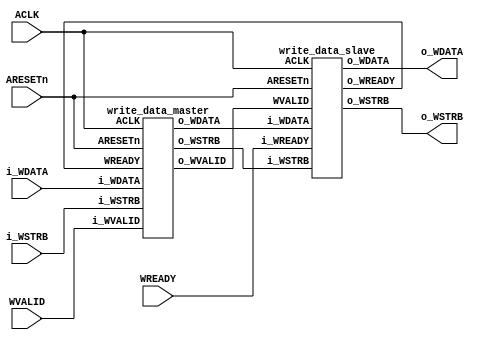
module write_data_ms(ACLK, ARESETn,WVALID, WREADY, i_WDATA, o_WDATA, i_WSTRB, o_WSTRB);
input ACLK, ARESETn;
input WVALID, WREADY;
input [31:0] i_WDATA;
input [3:0] i_WSTRB;  
output [3:0] o_WSTRB;
output [31:0] o_WDATA;
wire o_WVALID, o_WREADY;
wire [3:0] w_WSTRB;
wire [31:0] w_WDATA;

write_data_master data1(ACLK, ARESETn,WVALID,o_WVALID, o_WREADY, i_WDATA, w_WDATA, i_WSTRB, w_WSTRB);
write_data_slave data2(ACLK, ARESETn,o_WVALID, o_WREADY, WREADY, w_WDATA, o_WDATA, w_WSTRB, o_WSTRB);


endmodule


module write_data_master (ACLK, ARESETn,i_WVALID,o_WVALID, WREADY, i_WDATA, o_WDATA, i_WSTRB, o_WSTRB);
input ACLK;
input ARESETn;
input i_WVALID;
input WREADY;
input [31:0] i_WDATA;
input [3:0] i_WSTRB;  
output reg [3:0] o_WSTRB; 
output reg o_WVALID;  
output reg [31:0] o_WDATA;    

reg [31:0]temp_WDATA;


always @(i_WSTRB) begin       //Strobe function

o_WSTRB=i_WSTRB;

case (i_WSTRB)
4'b1111: temp_WDATA = 32'hffffffff;
4'b1110: temp_WDATA = 32'hffffff00;
4'b1101: temp_WDATA = 32'hffff00ff;
4'b1100: temp_WDATA = 32'hffff0000;
4'b1011: temp_WDATA = 32'hff00ffff;
4'b1010: temp_WDATA = 32'hff00ff00;
4'b1001: temp_WDATA = 32'hff0000ff;
4'b1000: temp_WDATA = 32'hff000000;
4'b0111: temp_WDATA = 32'h00ffffff;
4'b0110: temp_WDATA = 32'h00ffff00;
4'b0101: temp_WDATA = 32'h00fff00f;
4'b0100: temp_WDATA = 32'h00ff0000;
4'b0011: temp_WDATA = 32'h0000ffff;
4'b0010: temp_WDATA = 32'h0000ff00;
4'b0001: temp_WDATA = 32'h000000ff;
4'b0000: temp_WDATA = 32'hff000000;
default: temp_WDATA=0;
endcase

/*if (o_WSTRB == 4'b1xxx) temp_WDATA[31:24]=8'b11111111;
if (o_WSTRB == 4'bx1xx) temp_WDATA[23:16]=8'b11111111;
if (o_WSTRB == 4'bxx1x) temp_WDATA[15:8]=8'b11111111;
if (o_WSTRB == 4'bxxx1) temp_WDATA[7:0]=8'b11111111;
else temp_WDATA=0;*/

temp_WDATA=i_WDATA&temp_WDATA;
end
	
always @(posedge ACLK) begin 
o_WVALID<=i_WVALID;
   // RESET
if(ARESETn) begin
o_WDATA <= 0;
o_WVALID <=0;
end

if (o_WVALID && WREADY) o_WDATA <= temp_WDATA;
else o_WDATA <= 0;
end
	
endmodule	


module write_data_slave (ACLK, ARESETn,WVALID, o_WREADY, i_WREADY, i_WDATA, o_WDATA, i_WSTRB, o_WSTRB);
input ACLK;
input ARESETn;
input WVALID;
input i_WREADY;
input [31:0] i_WDATA;
input [3:0] i_WSTRB;  
output reg o_WREADY;
output reg [31:0] o_WDATA;       
output reg [3:0] o_WSTRB;
//reg [31:0] temp_WDATA;
	
	
always @(posedge ACLK) begin 
o_WREADY <= i_WREADY;  
o_WSTRB <= i_WSTRB;
   // RESET
if (ARESETn) begin
o_WDATA <= 0;
o_WREADY <= 0;
o_WSTRB <= 0;
end

if (o_WREADY && WVALID) o_WDATA <= i_WDATA;  //Hand Shaking and data sending
else o_WDATA <= 0;


end
     

	
endmodule